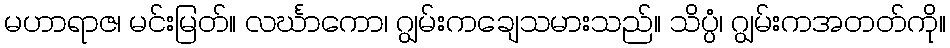
မဟာရာဇ၊ မင်းမြတ်။ လင်္ဃာကော၊ ဂျွမ်းကချေသမားသည်။ သိပ္ပံ၊ ဂျွမ်းကအတတ်ကို။